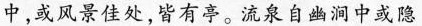
中，或风景佳处，皆有亭。流泉自幽涧中或隐